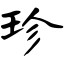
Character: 珍